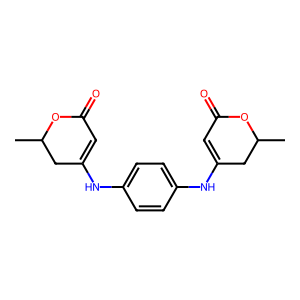
SMILES: CC1CC(Nc2ccc(NC3=CC(=O)OC(C)C3)cc2)=CC(=O)O1
Inhibits HIV replication: No